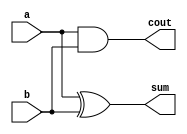
module halfadder(a, b, sum, cout);
	input a, b;
	output sum, cout;
	xor mxor(sum, a, b);
	and mand(cout, a, b);
endmodule